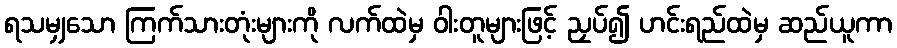
ရသမျှသော ကြက်သားတုံးများကို လက်ထဲမှ ဝါးတူများဖြင့် ညှပ်၍ ဟင်းရည်ထဲမှ ဆည်ယူကာ